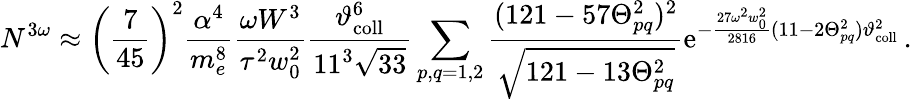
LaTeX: N^{3\omega}\approx\left(\frac{7}{45}\right)^{2}\frac{\alpha^{4}}{m_{e}^{8}}\frac{\omega W^{3}}{\tau^{2}w_{0}^{2}}\frac{\vartheta_{\mathrm{coll}}^{6}}{11^{3}\sqrt{33}}\sum_{p,q=1,2}\frac{(121-57\Theta_{pq}^{2})^{2}}{\sqrt{121-13\Theta_{pq}^{2}}}\mathrm{e}^{-\frac{27\omega^{2}w_{0}^{2}}{2816}(11-2\Theta_{pq}^{2})\vartheta_{\mathrm{coll}}^{2}}\, .